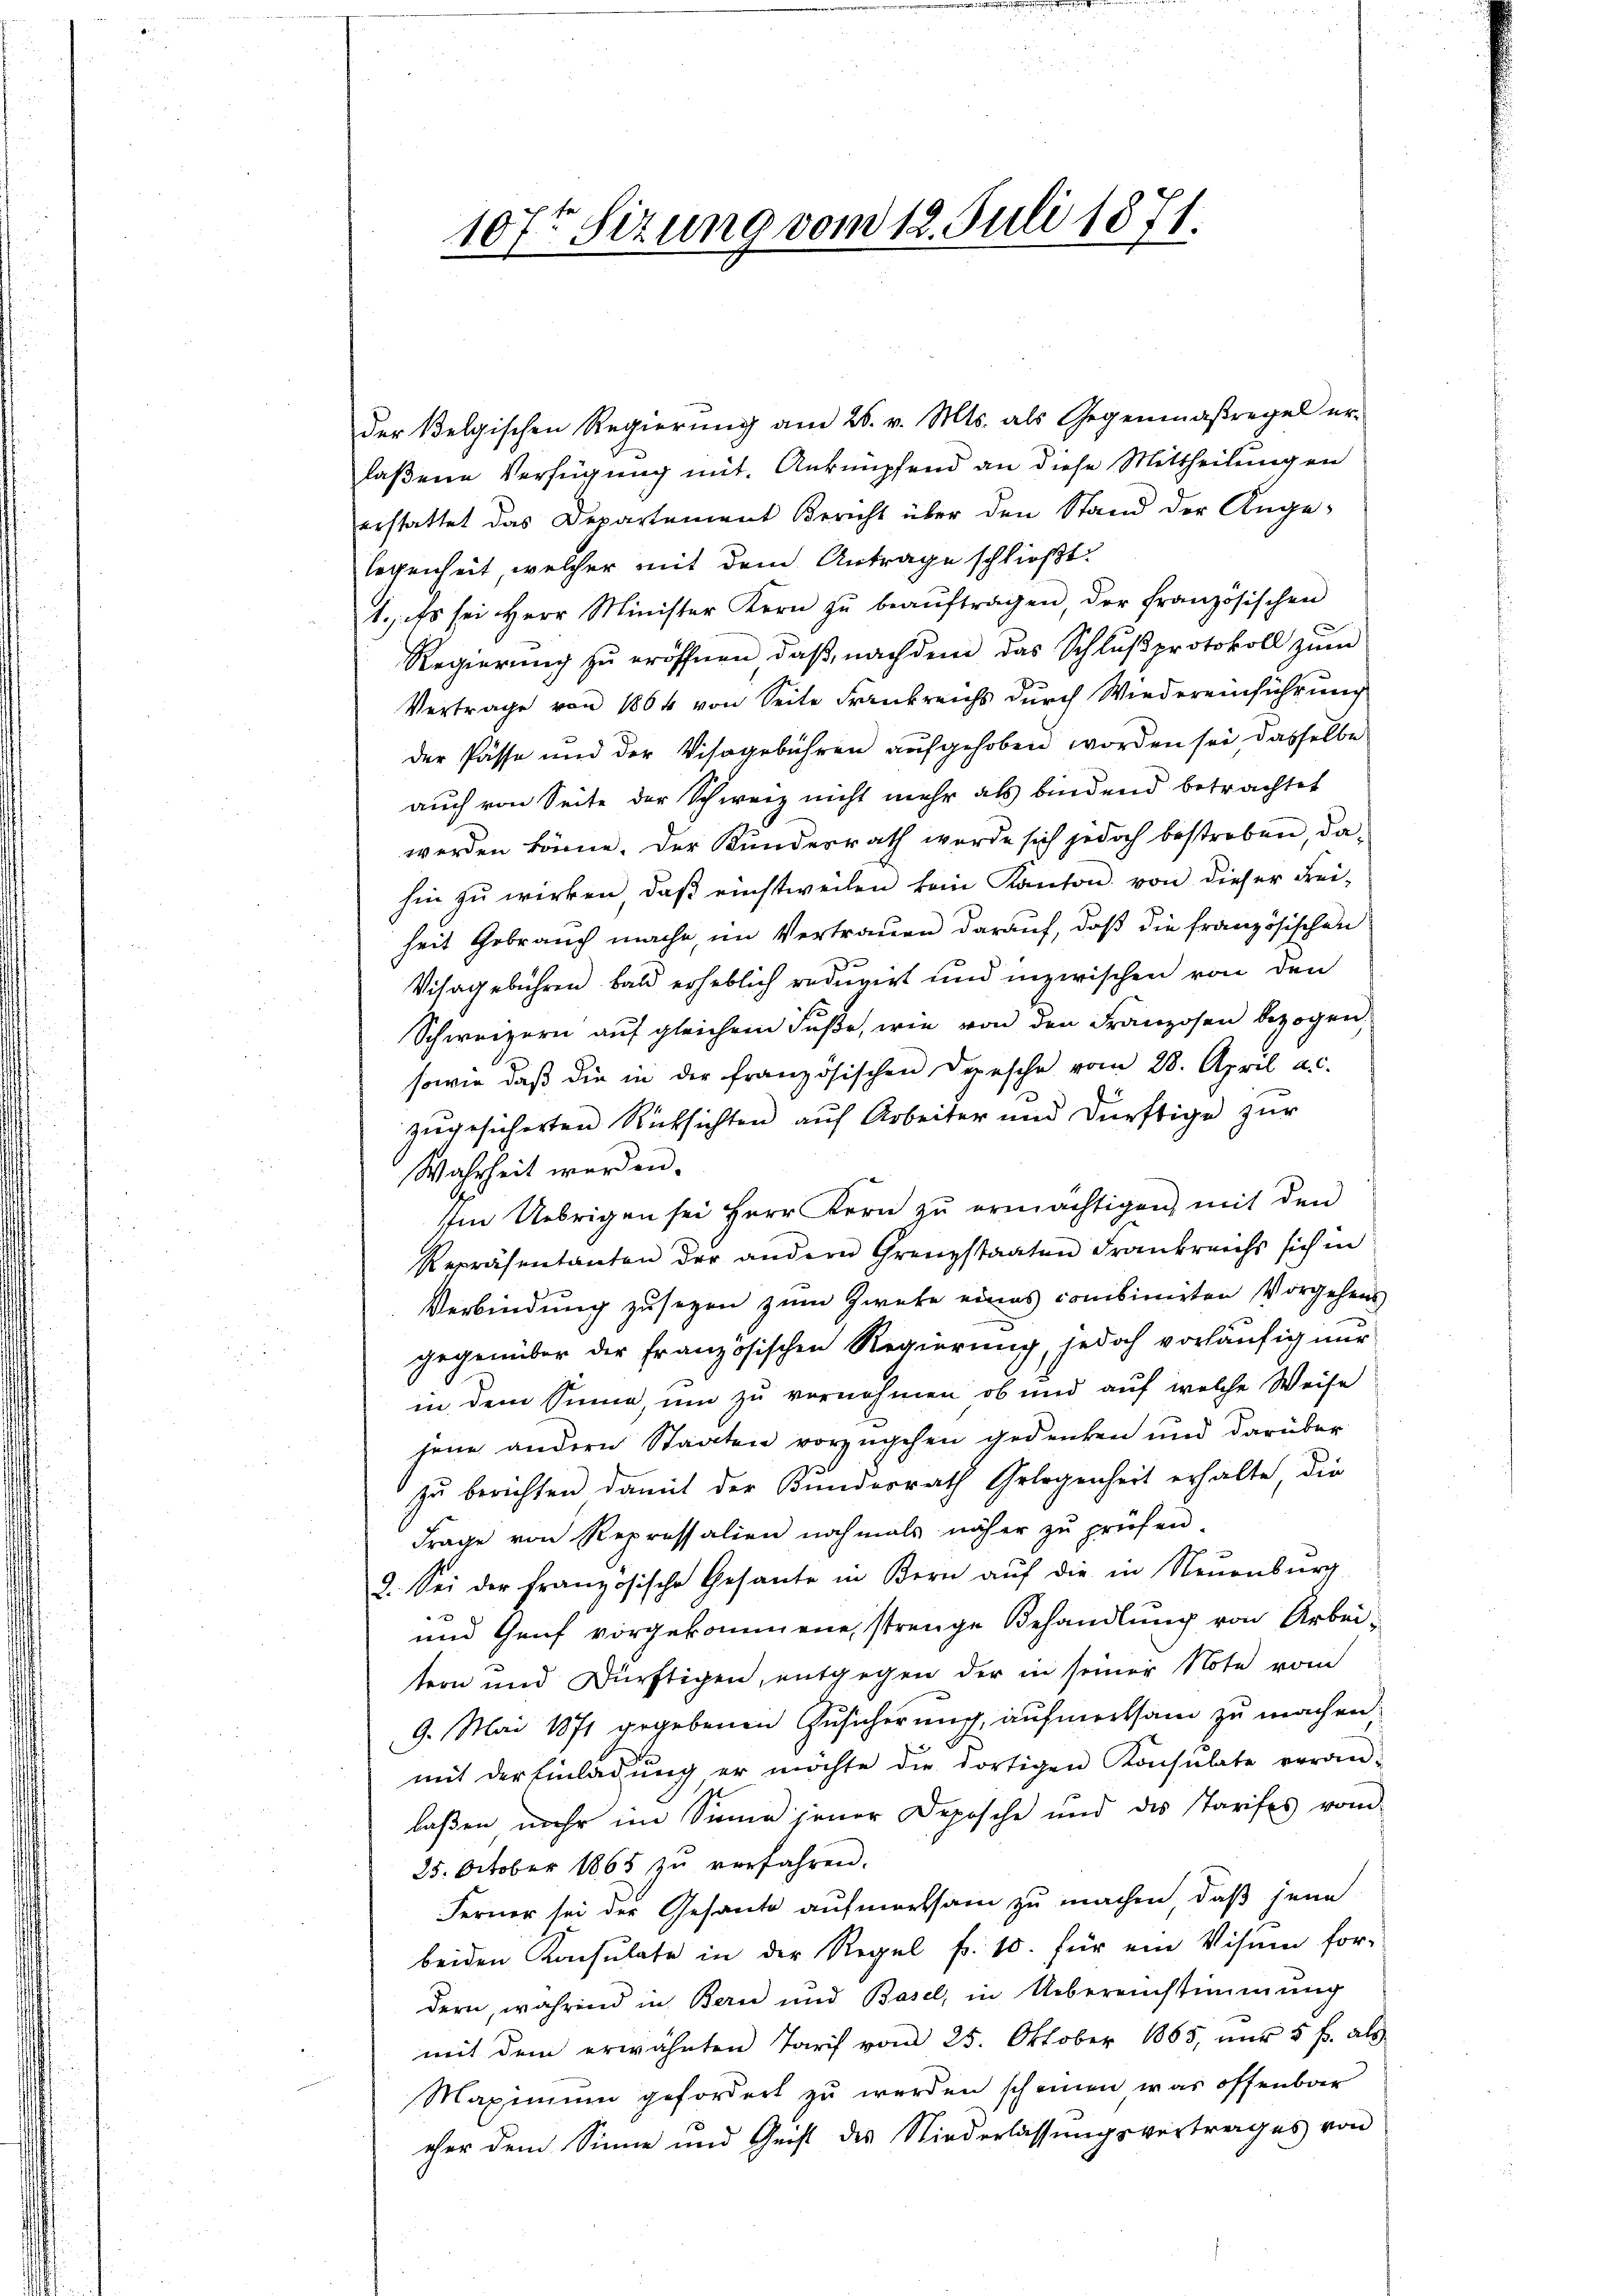
107t Sizung vom 12. Juli 1871.

der Belgischen Regierŭng am 26. v. Mts. als Gegenmaßregel er-
laßene Verfügung mit. Anknüpfend an diese Mittheilungen
erstattet das Departement Bericht über den Stand der Ange-
legenheit welcher mit dem Antrage schließt:
1., Es sei Herr Minister Kern zŭ beaŭftragen, der französischen
Regierung zu eröffnen, daß, nachdem das Schlußprotokoll zum
Vertrage von 1864 von Seite Frankreichs durch Wiedereinführung
der Pässe und der Visagebühren aufgehoben worden sei, dasselbe
auch von Seite der Schweiz nicht mehr als bindend betrachtet
werden könne. Der Kundesrath werde sich jedoch bestreben, da-
hin zŭ wirken, daβ einstweilen kein Kanton von dieser Frei-
heit Gebrauch mache, im Vertrauen darauf, daß die französischen
Visagebühren bald erheblich reduzirt und inzwischen von den
Schweizern auf gleichem Fuße, wie von den Franzosen bezogen.
sowie daβ die in der französischen Depesche vom 28. April a.c.
zugesicherten Rücksichten auf Arbeiter und dürftige zur
Wahrheit werden.
Im Uebrigen sei Herr Kern zŭ ermächtigen, mit den
Repräsentanten der andern Grenzstaaten Frankreichs sich in
Verbindung zu sezen zum Zwete eines combinirten Vorgehens
gegenüber der französischen Regierung jedoch vorläŭfig nur
in dem Sinne, um zu vornehmen, ob und auf welche Weise
jene andern Staaten vorzugehen gedenken und darüber
zu berichten damit der Kundesrath Gelegenheit erhalte, die
Frage von Repressalien nochmals näher zu prüfen
9. Sei der Französische Gesante in Kern aŭf die in Neuenburg
und Genf vorgekommene, strenge Behandlung von Arbei-
tern und Dürftigen, entgegen der in seiner Note vom
9. Mai 1871 gegebenen Zusicherung, aufmerksam zu machen.
mit der Einladŭng er möchte die dortigen Konsulate veran-
laßen mehr im Sinne jener Deposche und des starifes vom
25. October 1865 zŭ verfahren.
Ferner sei der Gesante aufmerksam zu machen, daß jene
beiden Konsulate in der Regel fr. 10. für ein Visum for-
dern, während in Bern und Basel, in Uebereinstimmung
mit dem erwähnten Tarif vom 25. Oktober 1865, nur 5 f. als
Maximum gefordert zu werden scheinen war offenbar
eher dem Sinne und Geist des Niederlassungsvertrages von